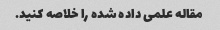
مقاله علمی داده شده را خلاصه کنید.